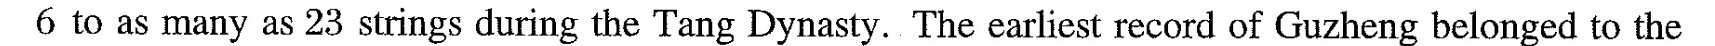
6 to as many as 23 strings during the Tang Dynasty. The earliest record of Guzheng belonged to the